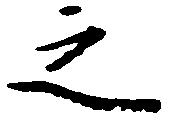
之